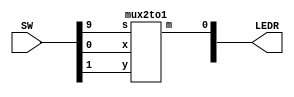
`timescale 1ns / 1ps
`default_nettype none

module top(SW, LEDR);
    input [9:0]SW;
    output [9:0]LEDR;
    
    mux2to1 u0(SW[0], SW[1], SW[9], LEDR[0]);

endmodule

module mux2to1(x, y, s, m);
    input x; //select 0
    input y; //select 1
    input s; //select signal
    output m; //output
  
    //assign m = s & y | ~s & x;
    // OR
    assign m = s ? y : x;

endmodule